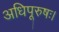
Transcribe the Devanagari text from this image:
अधिपूरुषः।